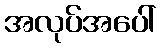
အလုပ်အပေါ်